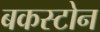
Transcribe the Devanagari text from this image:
बकस्टोन